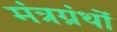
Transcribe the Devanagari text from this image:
मंत्रग्रंथों